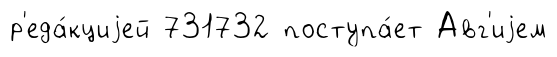
р'еда́кциjей 731732 поступа́ет Авг'иjем